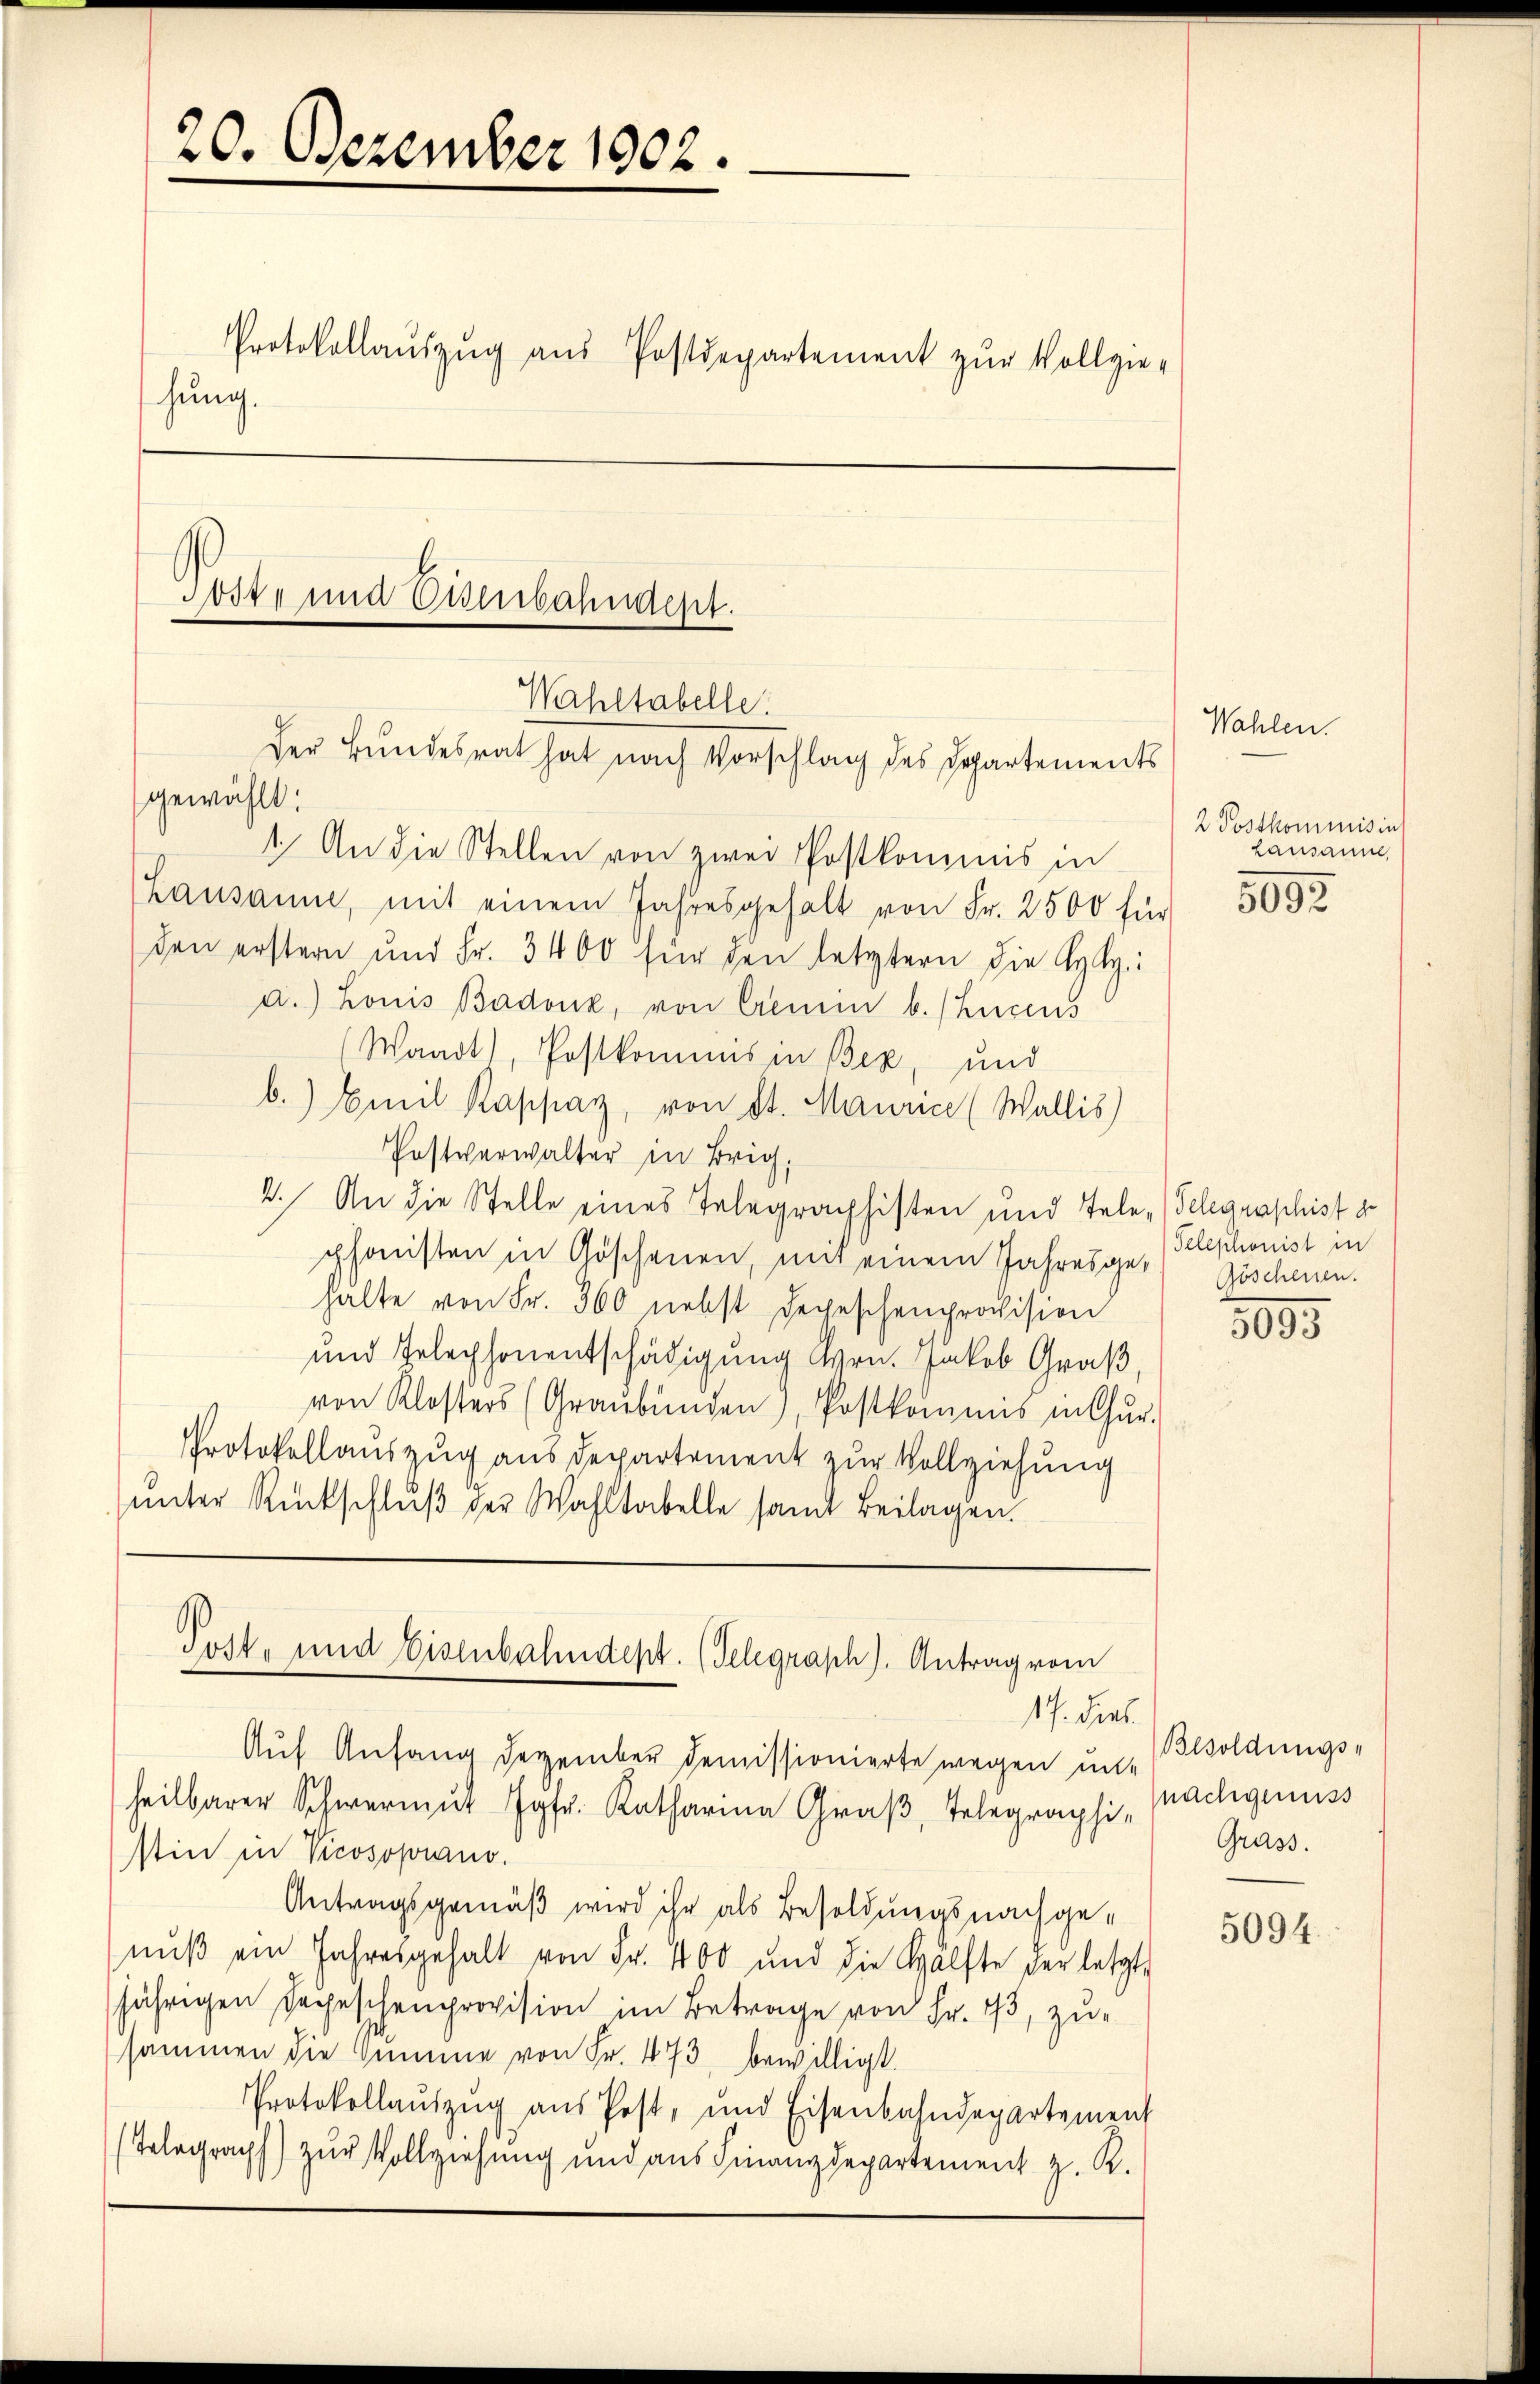
20. Dezember 1902.

Protokollaŭszŭg aŭs Postdepartement zŭr Vollgie-
hung.

Koste und Eisenbahndept.
Wahltabelle.
der Bundesrat hat nach Vorschlag des Departements
gewählt:

Post- und Eisenbahndept. (Telegraph). Antrag vom
17. dies

1. An die Stellen von zwei Postkommis in
Lausanne, mit einem Jahresgehalt von Fr. 2500 für
den erstern und Fr. 3400 für den letztern die Kgl:
a.) Konis Badonk, von Creme b. (Lucens
(Waadt), Postkommis in Bez, und
b. Emil Kappaz, von St. Maurice (Wallis)
Postverwalter in Brig,
2. An die Stelle eines Telegraphisten und Tele-Telegraphist d
phonisten in Göschenen, mit einem Jahresgehalte von Fr. 360 nebst Depeschenprovision
und Telephonentschädigung Hrn. Jakob Graß,
von Klosters (Graubünden, Postkommis in Chur-
Protokollauszug aus departement zur Vollziehung
ŭnter Rückschlŭβ der Wahltabelle samt Beilagen.

Auf Anfang Dezember demissionierte wegen unt
heilbarer Schwerent J. Katharina Graß, Telegraphi-
stin in Vicosoprano.
Antragsgemäß wird ihr als Besoldungsnachgenŭβ ein Jahresgehalt von Fr. 400 und die Hälfte der letzt,
jährigen Depeschenprovision im Betrage von Fr. 13, zusammen die Summe von Fr. 473, bewilligt.
Protokollauszug aus Post, und Eisenbahndepartement
(Telegraph) zur Vollziehung und aus Finanzdepartement z. R.

Wahlen.
2 Postkommnisin
Lausanne,

5093

Telephonist in
Göschenen.

1095

Besoldungs-
nächgenuss
Grass.

5094.